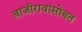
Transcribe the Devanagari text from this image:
बाजीरावांसोबत